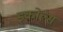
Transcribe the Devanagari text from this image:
इकोल्स